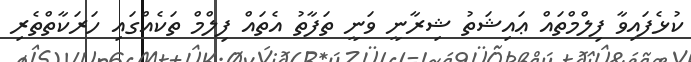
ކުޅެފައިވާ ފިލްމްތައް ޢައިޝަތު ޝިރާނީ ވަނީ ތަފާތު އެތައް ފިލްމް ތަކެއްގައި ހަރަކާތްތެރި